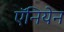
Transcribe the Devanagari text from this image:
ऍनियेन